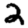
Digit: 2